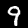
Digit: 9